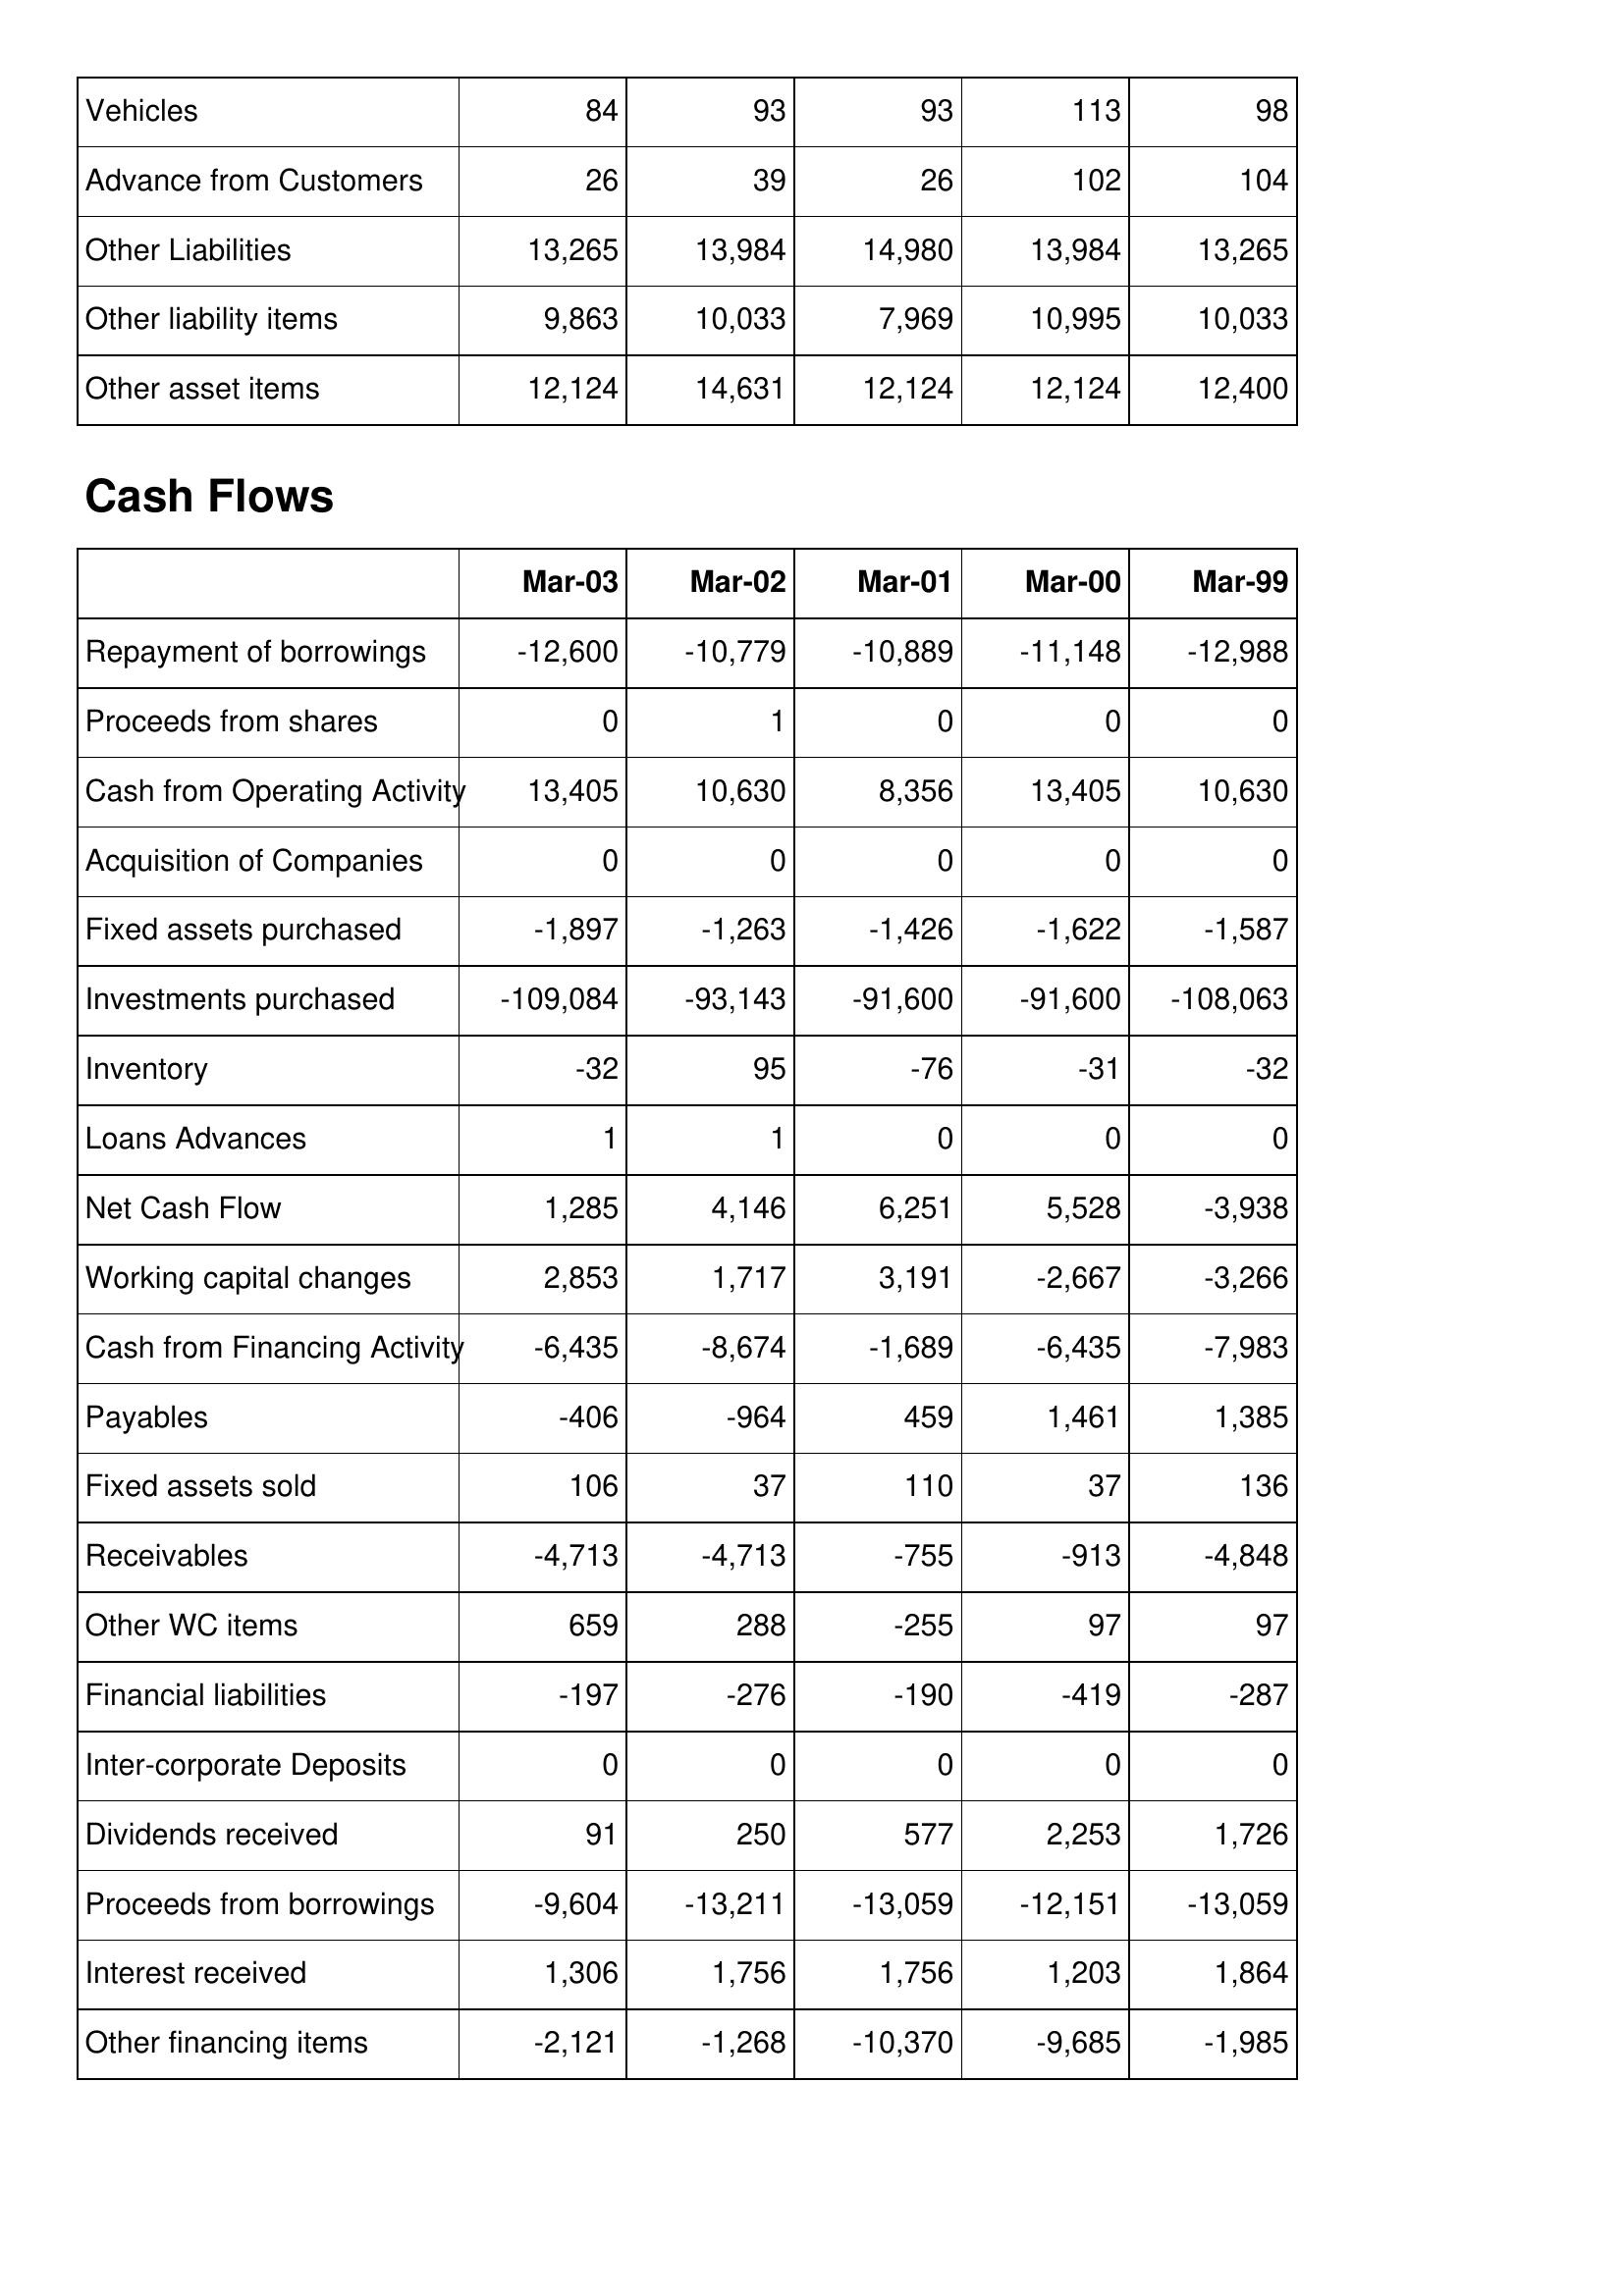
Mar-03: Balance Sheet: Vehicles: 84
Advance from Customers: 26
Other Liabilities: 13,265
Other liability items: 9,863
Other asset items: 12,124
Cash Flows: Repayment of borrowings: -12,600
Proceeds from shares: 0
Cash from Operating Activity: 13,405
Acquisition of Companies: 0
Fixed assets purchased: -1,897
Investments purchased: -109,084
Inventory: -32
Loans Advances: 1
Net Cash Flow: 1,285
Working capital changes: 2,853
Cash from Financing Activity: -6,435
Payables: -406
Fixed assets sold: 106
Receivables: -4,713
Other WC items: 659
Financial liabilities: -197
Inter-corporate Deposits: 0
Dividends received: 91
Proceeds from borrowings: -9,604
Interest received: 1,306
Other financing items: -2,121
Mar-02: Balance Sheet: Vehicles: 93
Advance from Customers: 39
Other Liabilities: 13,984
Other liability items: 10,033
Other asset items: 14,631
Cash Flows: Repayment of borrowings: -10,779
Proceeds from shares: 1
Cash from Operating Activity: 10,630
Acquisition of Companies: 0
Fixed assets purchased: -1,263
Investments purchased: -93,143
Inventory: 95
Loans Advances: 1
Net Cash Flow: 4,146
Working capital changes: 1,717
Cash from Financing Activity: -8,674
Payables: -964
Fixed assets sold: 37
Receivables: -4,713
Other WC items: 288
Financial liabilities: -276
Inter-corporate Deposits: 0
Dividends received: 250
Proceeds from borrowings: -13,211
Interest received: 1,756
Other financing items: -1,268
Mar-01: Balance Sheet: Vehicles: 93
Advance from Customers: 26
Other Liabilities: 14,980
Other liability items: 7,969
Other asset items: 12,124
Cash Flows: Repayment of borrowings: -10,889
Proceeds from shares: 0
Cash from Operating Activity: 8,356
Acquisition of Companies: 0
Fixed assets purchased: -1,426
Investments purchased: -91,600
Inventory: -76
Loans Advances: 0
Net Cash Flow: 6,251
Working capital changes: 3,191
Cash from Financing Activity: -1,689
Payables: 459
Fixed assets sold: 110
Receivables: -755
Other WC items: -255
Financial liabilities: -190
Inter-corporate Deposits: 0
Dividends received: 577
Proceeds from borrowings: -13,059
Interest received: 1,756
Other financing items: -10,370
Mar-00: Balance Sheet: Vehicles: 113
Advance from Customers: 102
Other Liabilities: 13,984
Other liability items: 10,995
Other asset items: 12,124
Cash Flows: Repayment of borrowings: -11,148
Proceeds from shares: 0
Cash from Operating Activity: 13,405
Acquisition of Companies: 0
Fixed assets purchased: -1,622
Investments purchased: -91,600
Inventory: -31
Loans Advances: 0
Net Cash Flow: 5,528
Working capital changes: -2,667
Cash from Financing Activity: -6,435
Payables: 1,461
Fixed assets sold: 37
Receivables: -913
Other WC items: 97
Financial liabilities: -419
Inter-corporate Deposits: 0
Dividends received: 2,253
Proceeds from borrowings: -12,151
Interest received: 1,203
Other financing items: -9,685
Mar-99: Balance Sheet: Vehicles: 98
Advance from Customers: 104
Other Liabilities: 13,265
Other liability items: 10,033
Other asset items: 12,400
Cash Flows: Repayment of borrowings: -12,988
Proceeds from shares: 0
Cash from Operating Activity: 10,630
Acquisition of Companies: 0
Fixed assets purchased: -1,587
Investments purchased: -108,063
Inventory: -32
Loans Advances: 0
Net Cash Flow: -3,938
Working capital changes: -3,266
Cash from Financing Activity: -7,983
Payables: 1,385
Fixed assets sold: 136
Receivables: -4,848
Other WC items: 97
Financial liabilities: -287
Inter-corporate Deposits: 0
Dividends received: 1,726
Proceeds from borrowings: -13,059
Interest received: 1,864
Other financing items: -1,985